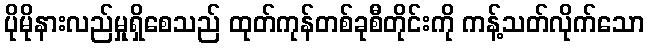
ပိုမိုနားလည်မှုရှိစေသည် ထုတ်ကုန်တစ်ခုစီတိုင်းကို ကန့်သတ်လိုက်သော